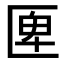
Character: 𠥉